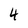
Character: 4